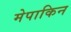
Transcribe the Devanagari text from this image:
मेपाकिन